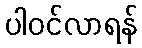
ပါဝင်လာရန်